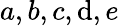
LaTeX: a,b,c,\mathrm{d},e